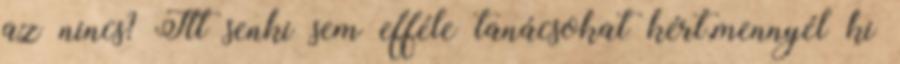
az nincs? Itt senki sem efféle tanácsokat kért,mennyél ki